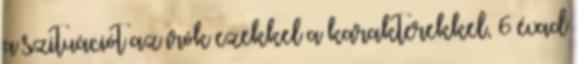
a szituációt az írók ezekkel a karakterekkel, 6 évad